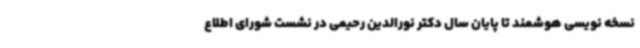
نسخه نویسی هوشمند تا پایان سال دکتر نورالدین رحیمی در نشست شورای اطلاع